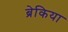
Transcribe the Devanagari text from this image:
ब्रेकिया